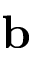
\textbf { b }